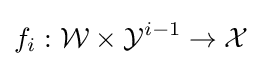
f_{i}:{\mathcal {W}}\times {\mathcal {Y}}^{i-1}\to {\mathcal {X}}